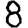
Digit: 8